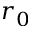
r _ { 0 }